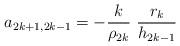
LaTeX: \begin{align*}a_{2k+1,2k-1} = -\frac{k}{\rho _{2k}}\ \frac{r_k}{h_{2k-1}} \end{align*}